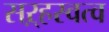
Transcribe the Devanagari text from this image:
सऱ्हस्वत्व